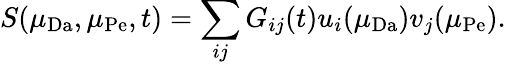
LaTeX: S(\mu_{\mathrm{Da}},\mu_{\mathrm{Pe}},t)=\sum_{ij}G_{ij}(t)u_{i}(\mu_{\mathrm{Da}})v_{j}(\mu_{\mathrm{Pe}}).